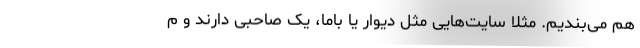
هم می‌بندیم. مثلا سایت‌هایی مثل دیوار یا باما، یک صاحبی دارند و م